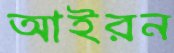
আইরন